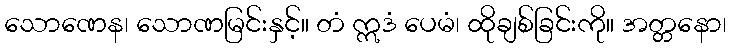
သောဏေန၊ သောဏမြင်းနှင့်။ တံ ဣဒံ ပေမံ၊ ထိုချစ်ခြင်းကို။ အတ္တနော၊